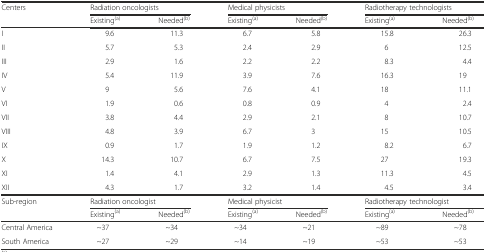
<table><thead><tr><td rowspan="2"><b>Centers</b></td><td colspan="2"><b>Radiation oncologists</b></td><td colspan="2"><b>Medical physicists</b></td><td colspan="2"><b>Radiotherapy technologists</b></td></tr><tr><td><b>Existing<sup>(a)</sup></b></td><td><b>Needed<sup>(b)</sup></b></td><td><b>Existing<sup>(a)</sup></b></td><td><b>Needed<sup>(b)</sup></b></td><td><b>Existing<sup>(a)</sup></b></td><td><b>Needed<sup>(b)</sup></b></td></tr></thead><tbody><tr><td>I</td><td>9.6</td><td>11.3</td><td>6.7</td><td>5.8</td><td>15.8</td><td>26.3</td></tr><tr><td>II</td><td>5.7</td><td>5.3</td><td>2.4</td><td>2.9</td><td>6</td><td>12.5</td></tr><tr><td>III</td><td>2.9</td><td>1.6</td><td>2.2</td><td>2.2</td><td>8.3</td><td>4.4</td></tr><tr><td>IV</td><td>5.4</td><td>11.9</td><td>3.9</td><td>7.6</td><td>16.3</td><td>19</td></tr><tr><td>V</td><td>9</td><td>5.6</td><td>7.6</td><td>4.1</td><td>18</td><td>11.1</td></tr><tr><td>VI</td><td>1.9</td><td>0.6</td><td>0.8</td><td>0.9</td><td>4</td><td>2.4</td></tr><tr><td>VII</td><td>3.8</td><td>4.4</td><td>2.9</td><td>2.1</td><td>8</td><td>10.7</td></tr><tr><td>VIII</td><td>4.8</td><td>3.9</td><td>6.7</td><td>3</td><td>15</td><td>10.5</td></tr><tr><td>IX</td><td>0.9</td><td>1.7</td><td>1.9</td><td>1.2</td><td>8.2</td><td>6.7</td></tr><tr><td>X</td><td>14.3</td><td>10.7</td><td>6.7</td><td>7.5</td><td>27</td><td>19.3</td></tr><tr><td>XI</td><td>1.4</td><td>4.1</td><td>2.9</td><td>1.3</td><td>11.3</td><td>4.5</td></tr><tr><td>XII</td><td>4.3</td><td>1.7</td><td>3.2</td><td>1.4</td><td>4.5</td><td>3.4</td></tr><tr><td rowspan="2">Sub-region</td><td colspan="2">Radiation oncologist</td><td colspan="2">Medical physicist</td><td colspan="2">Radiotherapy technologist</td></tr><tr><td>Existing<sup>(a)</sup></td><td>Needed<sup>(b)</sup></td><td>Existing<sup>(a)</sup></td><td>Needed<sup>(b)</sup></td><td>Existing<sup>(a)</sup></td><td>Needed<sup>(b)</sup></td></tr><tr><td>Central America</td><td>~37</td><td>~34</td><td>~34</td><td>~21</td><td>~89</td><td>~78</td></tr><tr><td>South America</td><td>~27</td><td>~29</td><td>~14</td><td>~19</td><td>~53</td><td>~53</td></tr></tbody></table>